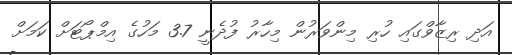
އަދި ރިޒާވްގައި ހުރި މިންވަރުން މިހާރު ފުދެނީ 3.7 މަހުގެ އިމްޕޯޓަށް ކަމަށް